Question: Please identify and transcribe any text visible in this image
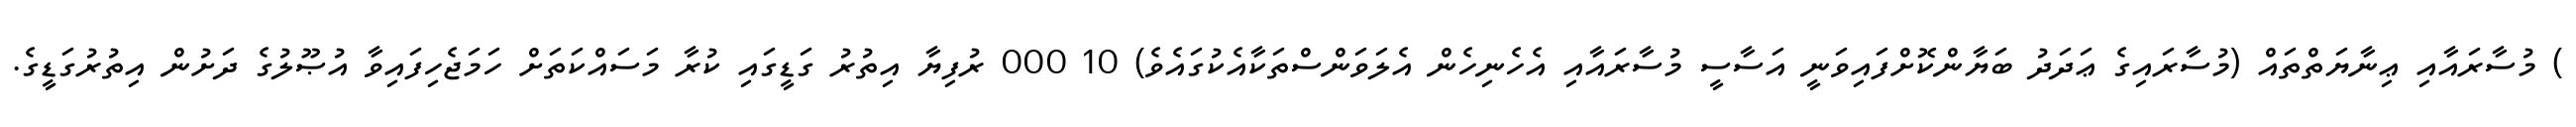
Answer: ) މުސާރައާއި ޢިނާޔަތްތައް (މުސާރައިގެ ޢަދަދު ބަޔާންކޮށްފައިވަނީ އަސާސީ މުސާރައާއި އެހެނިހެން އެލަވަންސްތަކާއެކުގައެވެ) 10 000 ރުފިޔާ އިތުރު ގަޑީގައި ކުރާ މަސައްކަތަށް ހަމަޖެހިފައިވާ އުޞޫލުގެ ދަށުން އިތުރުގަޑީގެ.